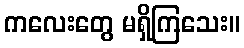
ကလေးတွေ မရှိကြသေး။